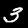
Label: 3